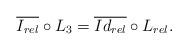
LaTeX: \begin{align*}\overline{I_{rel}}\circ L_3= \overline{Id_{rel}}\circ L_{rel}.\end{align*}